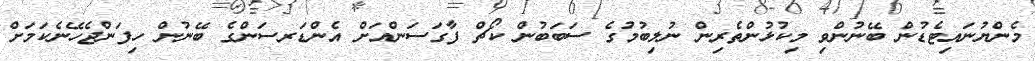
މެންޔުނައިޓެޑުން ބޭނުންވި މިކުޅުންތެރިން ނުލިބުމުގެ ސަބަބުން ކޯޗް ފާގަސަންއަށް އެންޑަރސަންގެ ބޭނުން ހިފަންޖެހޭނެކަމަށް